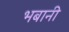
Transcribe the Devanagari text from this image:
भबानी